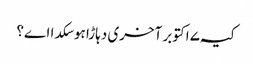
کیہ ۷ اکتوبر آخری دہاڑا ہوسکدا اے؟